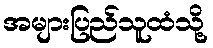
အများပြည်သူထံသို့